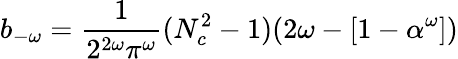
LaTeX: b_{-\omega}=\frac{1}{2^{2\omega}\pi^{\omega}}(N_{c}^{2}-1)(2\omega-[1-\alpha^{\omega}])